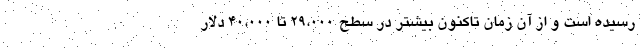
رسیده است و از آن زمان تاکنون بیشتر در سطح 29،000 تا 40،000 دلار